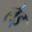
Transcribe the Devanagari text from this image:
लैइ